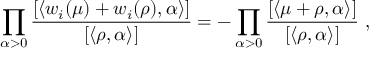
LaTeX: \prod _ { \alpha > 0 } \frac { [ \langle w _ { i } ( \mu ) + w _ { i } ( \rho ) , \alpha \rangle ] } { [ \langle \rho , \alpha \rangle ] } = - \prod _ { \alpha > 0 } \frac { [ \langle \mu + \rho , \alpha \rangle ] } { [ \langle \rho , \alpha \rangle ] } ~ ,